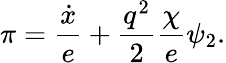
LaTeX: \pi={\frac{\dot{x}}{e}}+{\frac{q^{2}}{2}}{\frac{\chi}{e}}\psi_{2}.